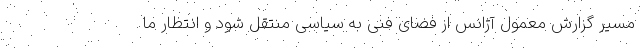
مسیر گزارش معمول آژانس از فضای فنی به سیاسی منتقل شود و انتظار ما